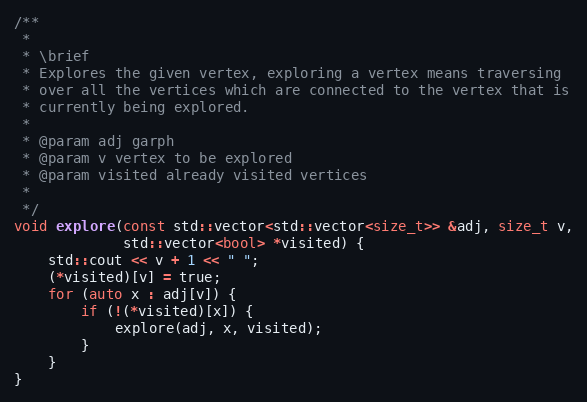
Language: C++
/**
 *
 * \brief
 * Explores the given vertex, exploring a vertex means traversing
 * over all the vertices which are connected to the vertex that is
 * currently being explored.
 *
 * @param adj garph
 * @param v vertex to be explored
 * @param visited already visited vertices
 *
 */
void explore(const std::vector<std::vector<size_t>> &adj, size_t v,
             std::vector<bool> *visited) {
    std::cout << v + 1 << " ";
    (*visited)[v] = true;
    for (auto x : adj[v]) {
        if (!(*visited)[x]) {
            explore(adj, x, visited);
        }
    }
}